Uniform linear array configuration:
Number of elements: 64
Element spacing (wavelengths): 0.5
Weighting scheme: binomial
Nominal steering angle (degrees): -30
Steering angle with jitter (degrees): -31.618
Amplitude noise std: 0.05
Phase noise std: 0.05

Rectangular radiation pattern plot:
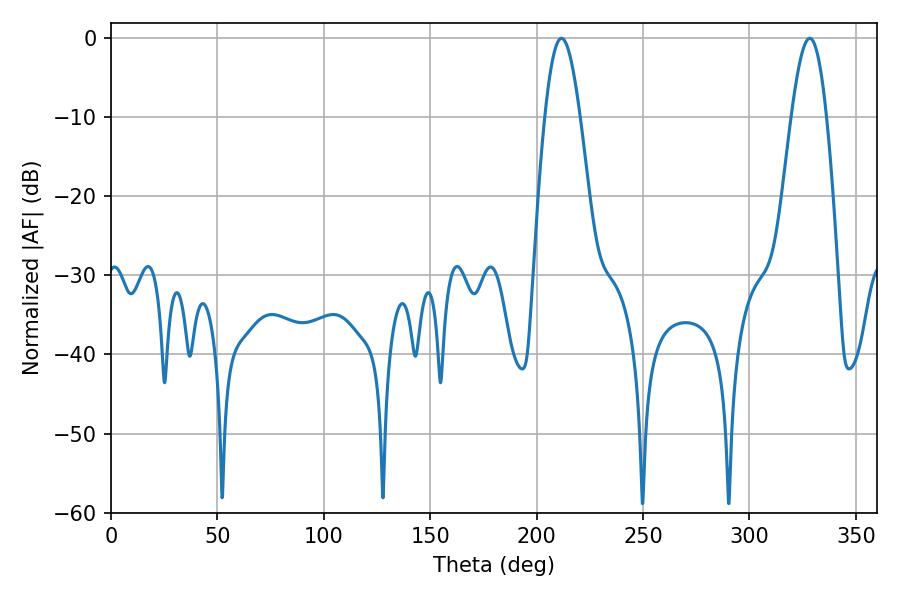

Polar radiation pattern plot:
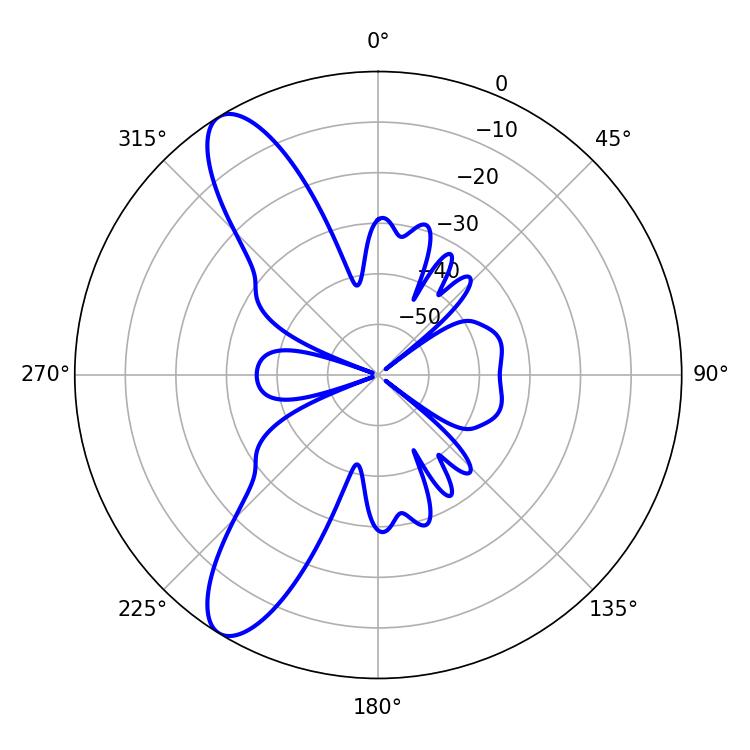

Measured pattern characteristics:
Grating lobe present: FALSE
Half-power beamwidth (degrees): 8.82
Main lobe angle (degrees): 328.32